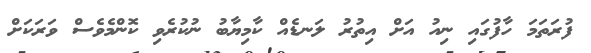
ފުރަތަމަ ހާފުގައި ނިއު އަށް އިތުރު ލަނޑެއް ކާމިޔާބު ނުކުރެވި ކޮންމެވެސް ވަރަކަށް